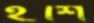
ইশি